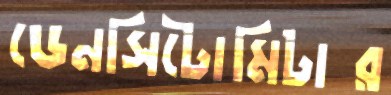
ডেনসিটোমিটার